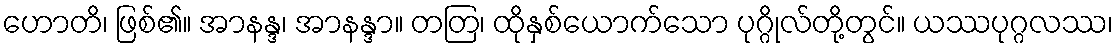
ဟောတိ၊ ဖြစ်၏။ အာနန္ဒ၊ အာနန္ဒာ။ တတြ၊ ထိုနှစ်ယောက်သော ပုဂ္ဂိုလ်တို့တွင်။ ယဿပုဂ္ဂလဿ၊